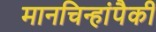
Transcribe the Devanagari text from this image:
मानचिन्हांपैकी